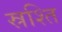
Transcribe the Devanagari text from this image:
स्रश्ति